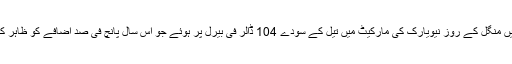
امریکہ میں منگل کے روز نیویارک کی مارکیٹ میں تیل کے سودے 104 ڈالر فی بیرل پر ہوئے جو اس سال پانچ فی صد اضافے کو ظاہر کرتے ہیں۔